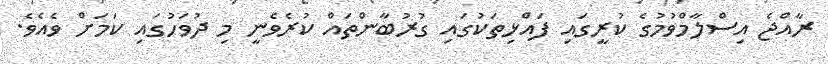
ރާއްޖެ އިސްލާމްވުމުގެ ކުރީގައި ފައްޅިތަކުގައި ގުރުބާންތައް ކުރެވެނީ މި ދުވަހުގައި ކަމަށް ވެއެވެ.